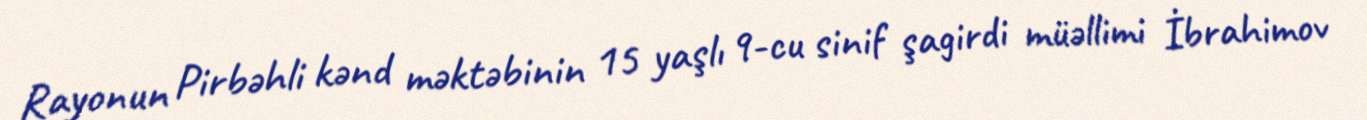
Rayonun Pirbəhli kənd məktəbinin 15 yaşlı 9-cu sinif şagirdi müəllimi İbrahimov